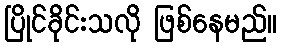
ပြိုင်ခိုင်းသလို ဖြစ်နေမည်။